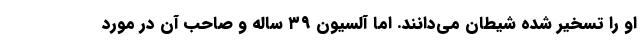
او را تسخیر شده شیطان می‌دانند. اما آلسیون ۳۹ ساله و صاحب آن در مورد